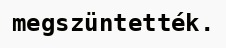
megszüntették.